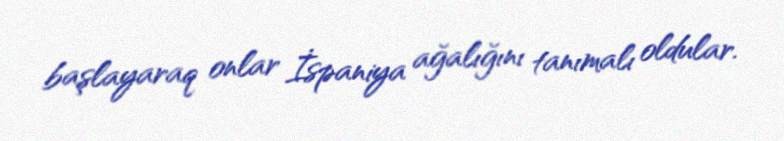
başlayaraq onlar İspaniya ağalığını tanımalı oldular.